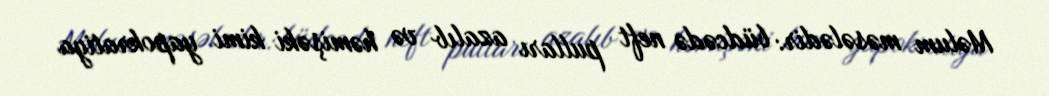
Məlum məsələdir: büdcədə neft pulları azalıb və həmişəki kimi yapokratiya